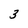
Character: 3